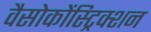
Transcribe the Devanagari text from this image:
वैसोकोंस्ट्रिक्शन